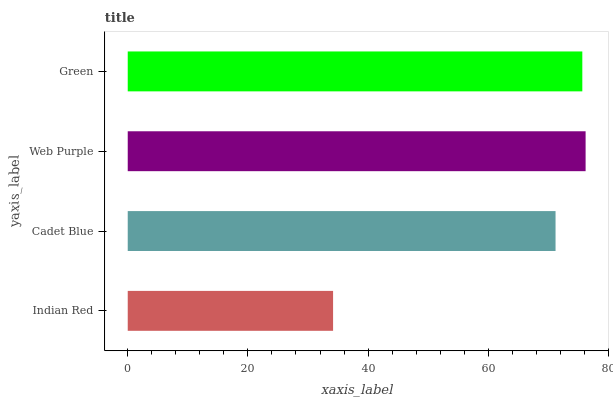
| yaxis_label | bars |
 | --- | --- |
 | Indian Red | 34.2 |
 | Cadet Blue | 71.2 |
 | Web Purple | 76.2 |
 | Green | 75.7 |